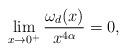
LaTeX: \begin{align*}\lim_{x\to 0^{+}}\frac{\omega_{d}(x)}{x^{4\alpha}}=0,\end{align*}